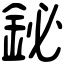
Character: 鉍